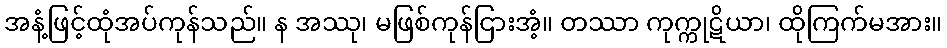
အနံ့ဖြင့်ထုံအပ်ကုန်သည်။ န အဿု၊ မဖြစ်ကုန်ငြားအံ့။ တဿာ ကုက္ကုဋိယာ၊ ထိုကြက်မအား။